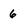
Character: 6